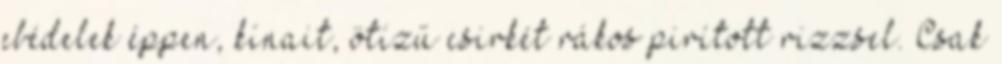
ebédelek éppen, kínait, ötízű csirkét rákos pirított rizzsel. Csak